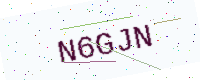
Text: N6GJN